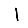
Digit: 1